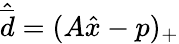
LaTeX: \hat{\overline{d}}=(A\hat{x}-p)_{+}